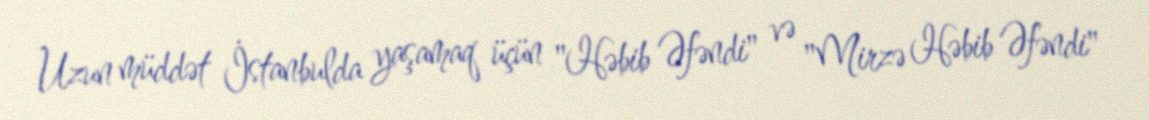
Uzun müddət İstanbulda yaşamaq üçün "Həbib Əfəndi" və "Mirzə Həbib Əfəndi"